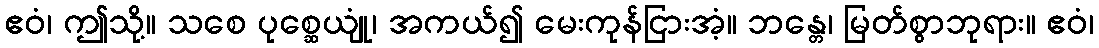
ဧဝံ၊ ဤသို့။ သစေ ပုစ္ဆေယျုံ၊ အကယ်၍ မေးကုန်ငြားအံ့။ ဘန္တေ၊ မြတ်စွာဘုရား။ ဧဝံ၊